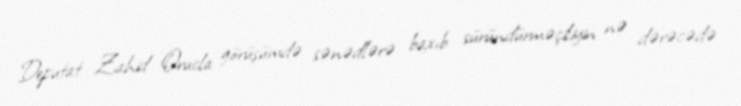
Deputat Zahid Orucla görüşümdə sənədlərə baxıb süründürməçiliyin nə dərəcədə